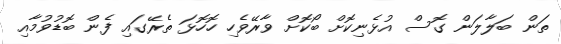
ތަން ބަލާލަން ގޮސް އުޅެނިކޮށް ބޯކޮށް ވާރޭވެހި ހޮހޮޅަ ތެރޭގައި ފެން ބޮޑުވުމާއި